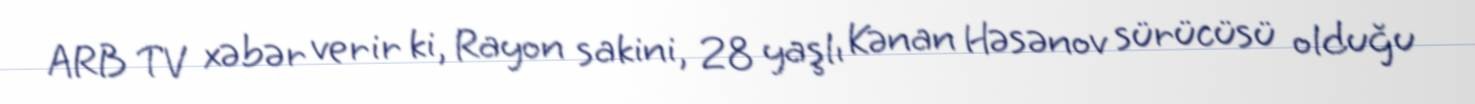
ARB TV xəbər verir ki, Rayon sakini, 28 yaşlı Kənan Həsənov sürücüsü olduğu